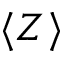
\langle Z \rangle